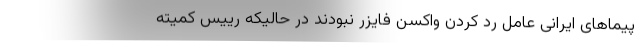
پیماهای ایرانی عامل رد کردن واکسن فایزر نبودند در حالیکه رییس کمیته